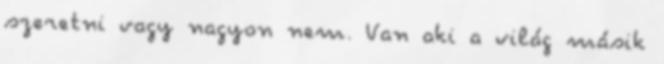
szeretni vagy nagyon nem. Van aki a világ másik